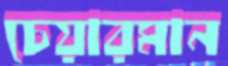
চেয়ারমান